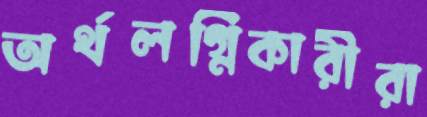
অর্থলগ্নিকারীরা